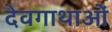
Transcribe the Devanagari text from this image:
देवगाथाओं